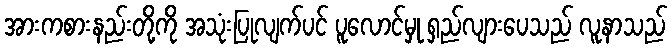
အားကစားနည်းတို့ကို အသုံးပြုလျက်ပင် ပူလောင်မှု ရှည်လျားပေသည် လူနာသည်